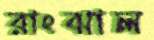
রাংঝাল